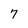
Character: 7